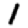
Digit: 1